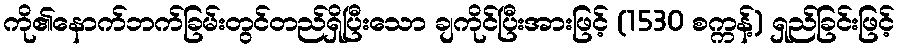
ကို၏နောက်ဘက်ခြမ်းတွင်တည်ရှိပြီးသော ချကိုင်ပြီးအားဖြင့် (1530 စက္ကန့်) ရှည်ခြင်းဖြင့်